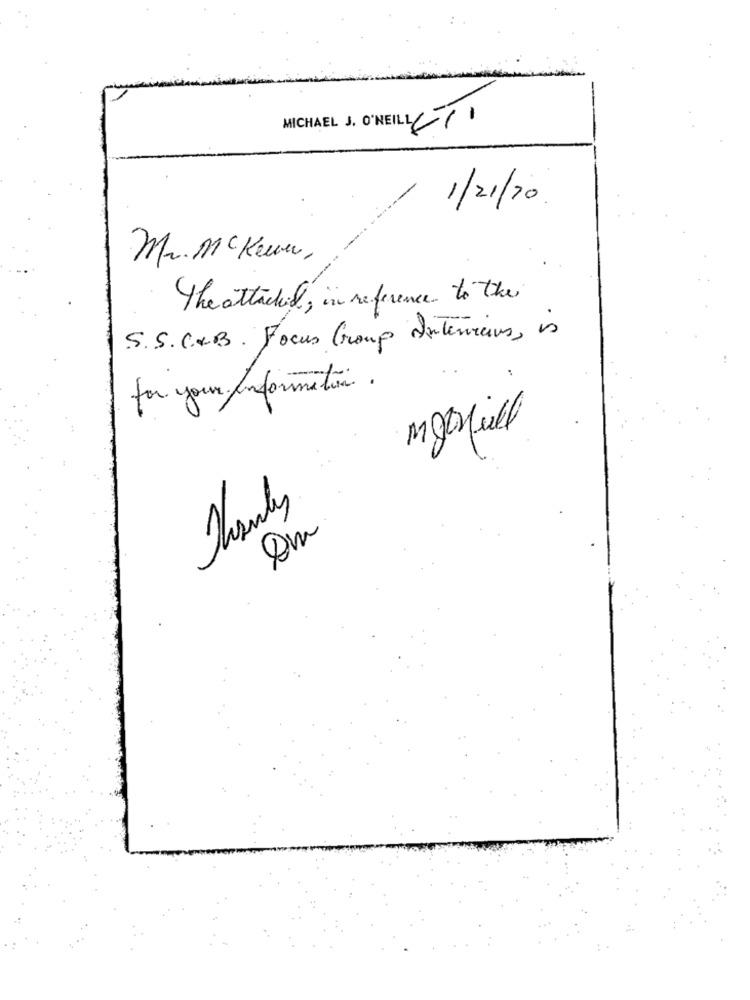
MICHAEL J. O'NEILL (1)
1/21/20
Mr.Mc Kein,
The attached, in reference to the
S. S. C&B. Focus Group Interviews, is
for your Information.
Masfull